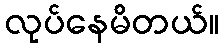
လုပ်နေမိတယ်။